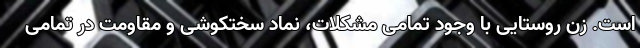
است. زن روستایی با وجود تمامی مشکلات، نماد سختکوشی و مقاومت در تمامی